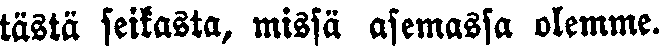
tästä seikasta, missä asemassa olemme.